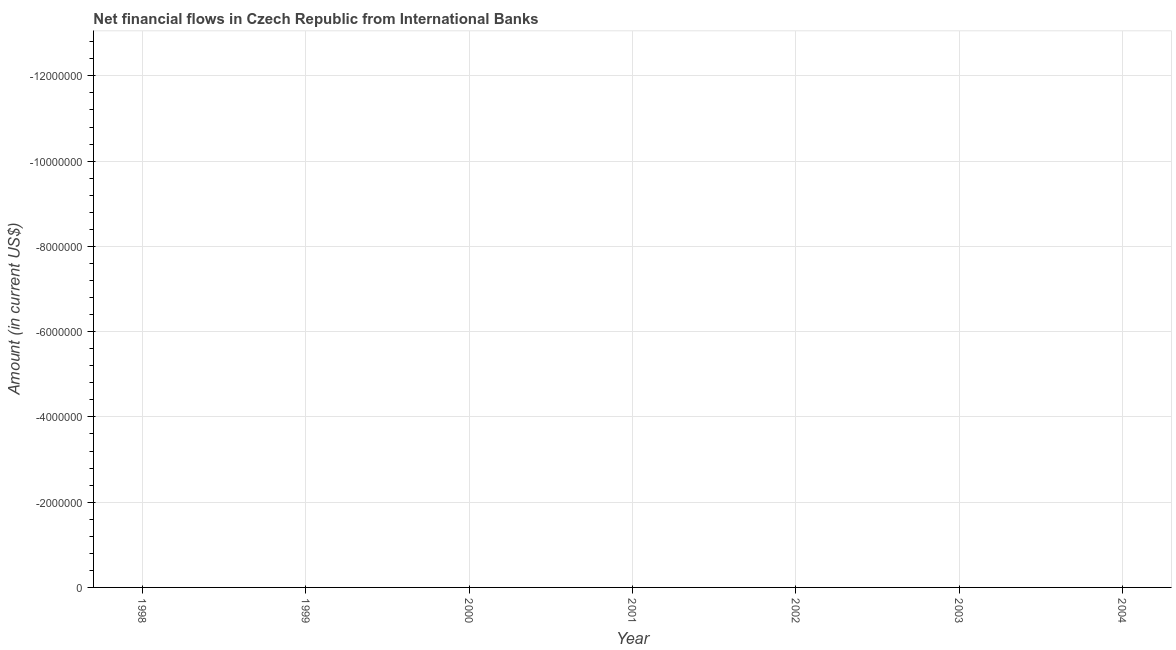
| Year | Net financial flows from IBRD |
 | --- | --- |
 | 1998 | -2.08e+07 |
 | 1999 | -3.57e+07 |
 | 2000 | -4.29e+07 |
 | 2001 | -4.12e+07 |
 | 2002 | -4.1e+07 |
 | 2003 | -1.35e+08 |
 | 2004 | -1.89e+07 |